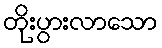
တိုးပွားလာသော